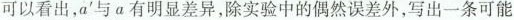
可以看出，a' 与 a 有明显差异，除实验中的偶然误差外，写出一条可能